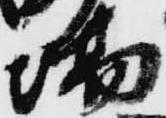
場